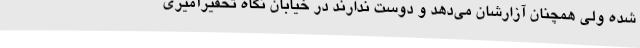
شده ولی همچنان آزارشان می‌دهد و دوست ندارند در خیابان نگاه تحقیرآمیزی